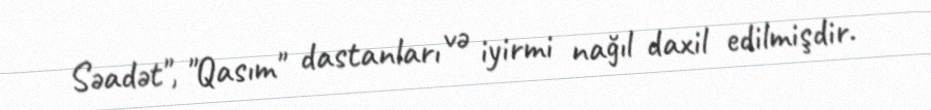
Səadət", "Qasım" dastanları və iyirmi nağıl daxil edilmişdir.